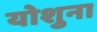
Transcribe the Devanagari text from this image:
योशुना